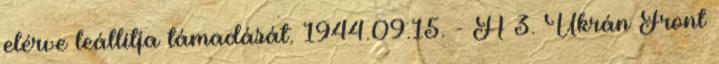
elérve leállítja támadását. 1944.09.15. - A 3. Ukrán Front